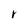
Character: r